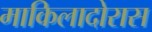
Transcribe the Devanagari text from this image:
माकिलादोरास